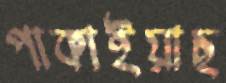
পাকাইয়াছ